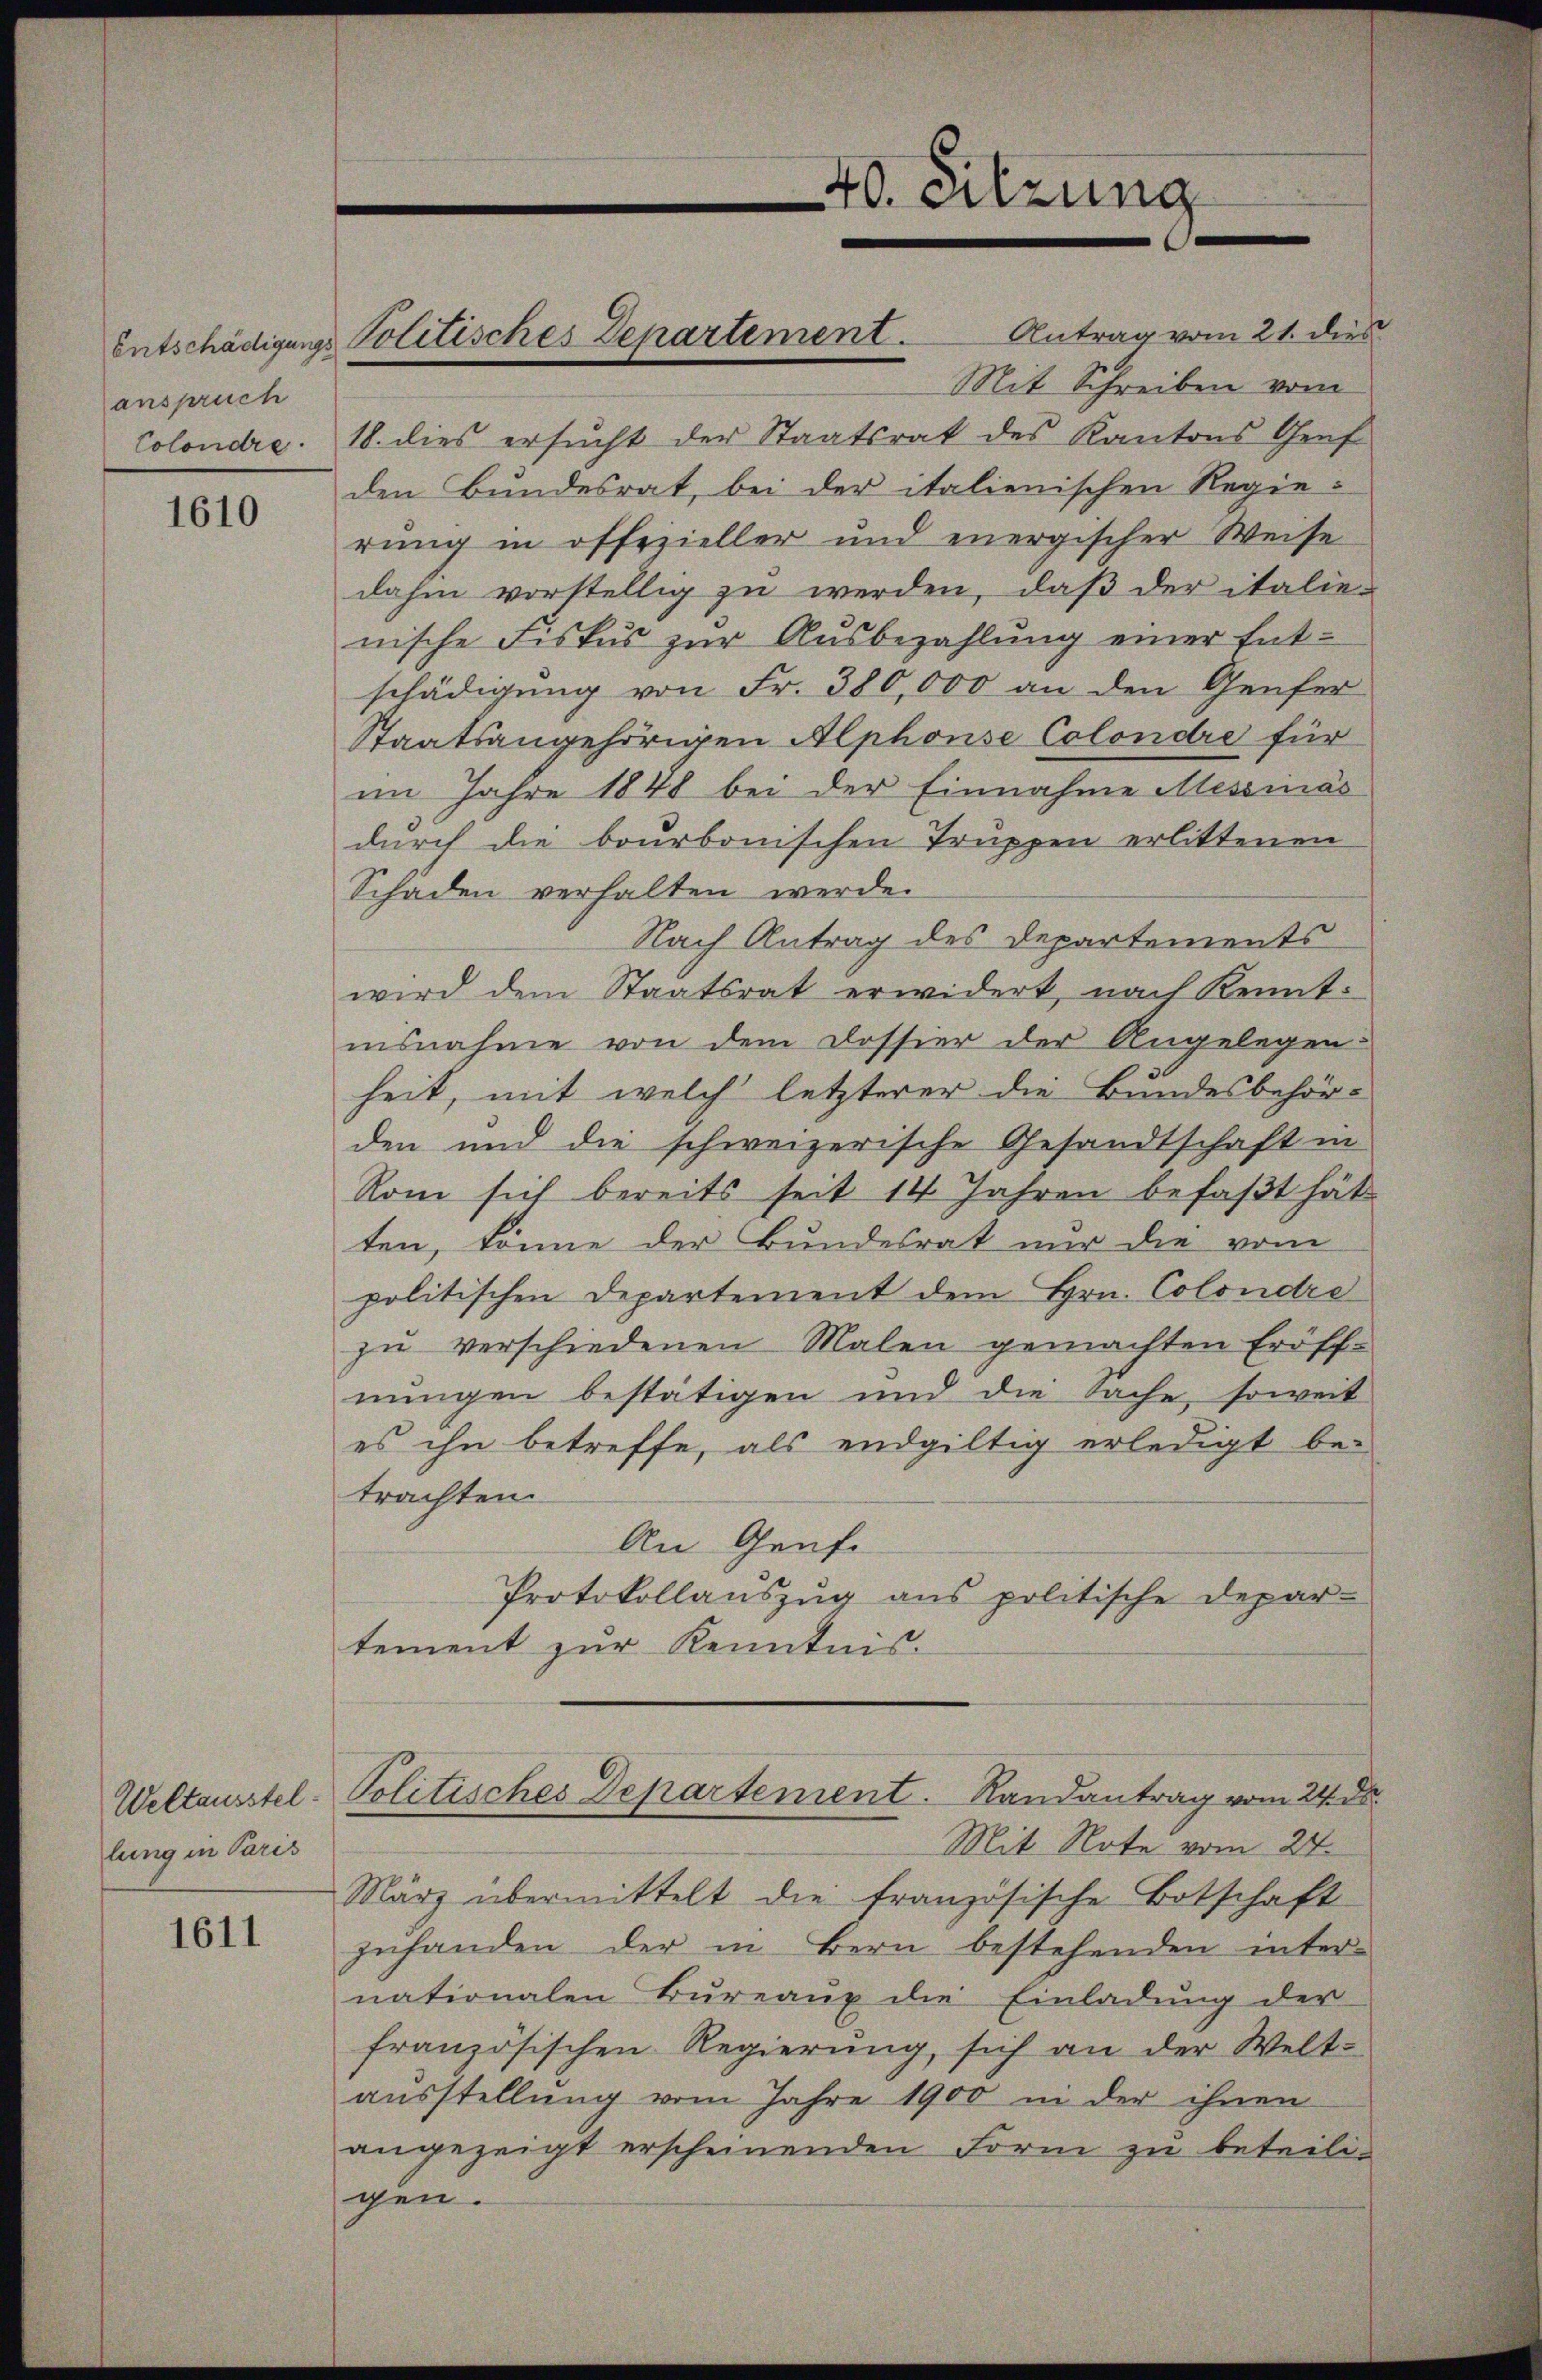
anspruch

1610

lung in Paris

1611

Colondre. 18. dies ersucht der Staatsrat des Kantons Genf
den Bundesrat, bei der italienischen Regie-
rung in offezieller und energischer Weise
dahin vorstellig zu werden, daß der italie-
nische Fiskus zur Ausbezahlung einer Entschädigung von Fr. 380,000 an den Genfer
Staatsangehörigen Alphonse Colondre für
im Jahre 1848 bei der Einnahme Messmäs
durch die bourbonischen Truppen erlittenen
Schäden verhalten werde.
Nach Antrag des Departements
wird dem Staatsrat erwidert nach Kennt-
nisnahme von dem Dossier der Angelegen:
heit, mit welch letzterer die Bundesbehör-
den und die schweizerische Gesandtschaft in
Rom sich bereits seit 14 Jahren befaßt hät
ten, könne der Bundesrat nur die vom
politischen Departement dem Hrn. Colondre
zu verschiedenen Malen gemachten Eröffnungen bestätigen und die Sache, soweit
es ihn betreffe, als endgültig erledigt betrachten.
An Genfe
Protokollauszug aus politische Depar-
tement zur Kenntnis.
Weltausstel-Politisches Departement. Randantrag vom 24. ds.
Mit Note vom 27.
März übermittelt die französische Botschaft
zuhanden der in Bern bestehenden inter-
nationalen Bureaux die Einladung der
französischen Regierung, sich an der Welt-
ausstellung vom Jahre 1900 in der ihnen
angezeigt erscheinenden Form zu beteili-
gen.

Entschädigungs Politisches Departement. Antrag vom 21. dies

40. sitzung

Mit Schreiben vom